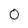
Character: o